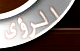
الرؤى